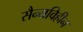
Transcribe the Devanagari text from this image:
सैन्यविहीन